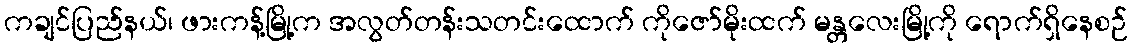
ကချင်ပြည်နယ်၊ ဖားကန့်မြို့က အလွတ်တန်းသတင်းထောက် ကိုဇော်မိုးထက် မန္တလေးမြို့ကို ရောက်ရှိနေစဉ်